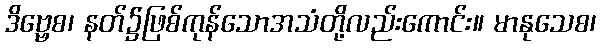
ဒိဗ္ဗေစ၊ နတ်၌ဖြစ်ကုန်သောအသံတို့လည်းကောင်း။ မာနုသေစ၊